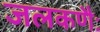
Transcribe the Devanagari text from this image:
जलकणैः